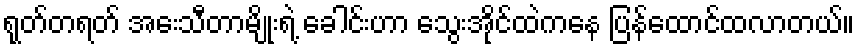
ရုတ်တရတ် အေးသီတာမျိုးရဲ့ ခေါင်းဟာ သွေးအိုင်ထဲကနေ ပြန်ထောင်ထလာတယ်။